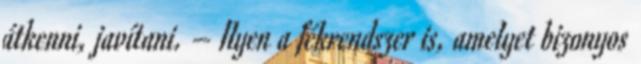
átkenni, javítani. – Ilyen a fékrendszer is, amelyet bizonyos